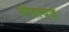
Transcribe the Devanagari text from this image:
संपवल्याचं